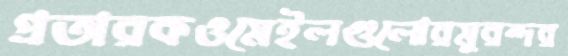
প্রতারকওমেইলগুলোরমুরন্দর